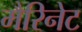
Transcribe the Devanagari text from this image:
मैरिनेट